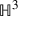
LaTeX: \mathbb { H } ^ { 3 }